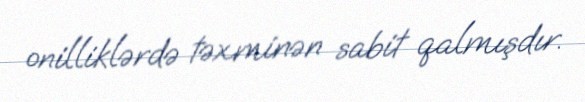
onilliklərdə təxminən sabit qalmışdır.